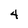
Character: 4